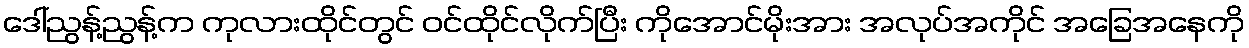
ဒေါ်ညွန့်ညွန့်က ကုလားထိုင်တွင် ဝင်ထိုင်လိုက်ပြီး ကိုအောင်မိုးအား အလုပ်အကိုင် အခြေအနေကို